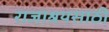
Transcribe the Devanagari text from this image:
राजाश्रयसाठी